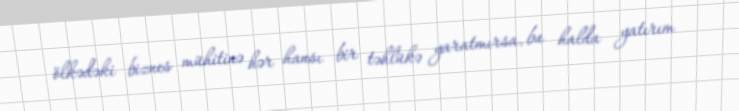
ölkədəki biznes mühitinə hər hansı bir təhlükə yaratmırsa, bu halda yatırım